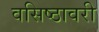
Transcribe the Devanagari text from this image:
वसिष्ठावरी